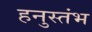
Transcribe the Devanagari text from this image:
हनुस्तंभ